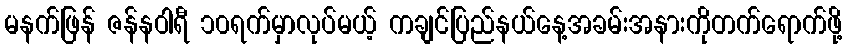
မနက်ဖြန် ဇန်နဝါရီ ၁၀ရက်မှာလုပ်မယ့် ကချင်ပြည်နယ်နေ့အခမ်းအနားကိုတက်ရောက်ဖို့